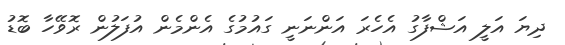
ދިޔަ އަލީ އަޝްފާގު އެހެރަ އަންނަނީ ގައުމުގެ އެންމެން އުފަލުން ރޮވޭހާ ބޮޑު